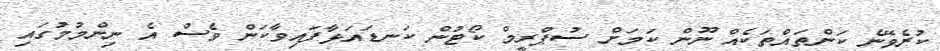
ކުރެވޭނެ ކަންތައްތަކެއް ނޫން ކަމަށް ސުޕްރީމް ކޯޓުން ކަނޑައަޅާފައިވާކަން ވެސް އެ ނިންމުމުގައި